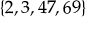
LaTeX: \left\{ 2 , 3 , 4 7 , 6 9 \right\}